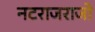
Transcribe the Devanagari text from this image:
नटराजराजो